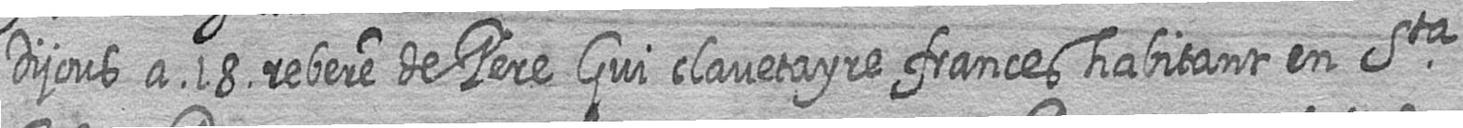
dijous a 18 rebere de Pere Gui clavetayre frances habitant en Sta